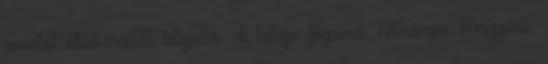
javaslat által érintett település- ek listája Jogcímcs. Hátrányos Magyará-